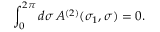
\int _ { 0 } ^ { 2 \pi } d \sigma \, A ^ { ( 2 ) } ( \sigma _ { 1 } , \sigma ) = 0 .